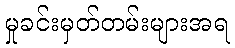
မှုခင်းမှတ်တမ်းများအရ